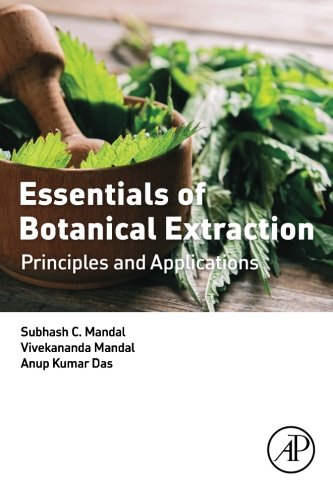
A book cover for Essentials of Botanical Extraction: Principles and Applications; Subhash C. Mandal; Science & Math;